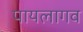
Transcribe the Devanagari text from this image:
पायलागव